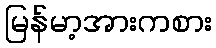
မြန်မာ့အားကစား